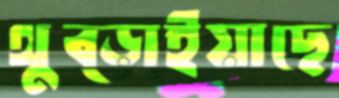
থুব্‌ড়াইয়াছে